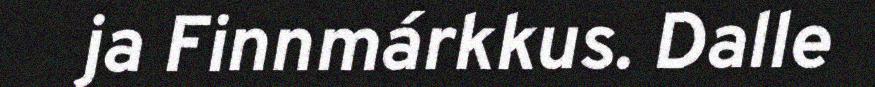
ja Finnmárkkus. Dalle